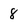
Character: 8